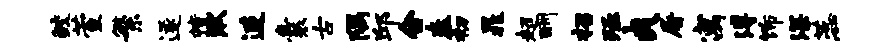
鲛萱繁遂幢湫连囊古隅邱合舂初晁超酬招殛爽屠寓溥饰深蕊